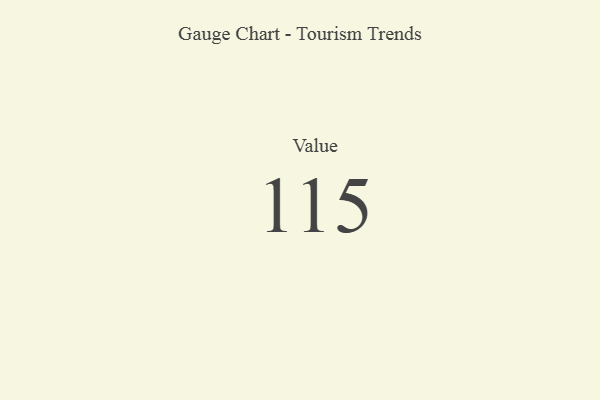
{"axis": {"x": "Metric", "y": "Value"}, "legend": [""], "data": [{"x": "Value", "y": 115, "type": ""}]}